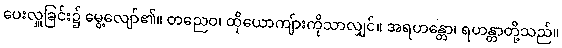
ပေးလှူခြင်း၌ မွေ့လျော်၏။ တညေဝ၊ ထိုယောကျ်ားကိုသာလျှင်။ အရဟန္တော၊ ရဟန္တာတို့သည်။